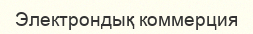
Электрондық коммерция